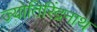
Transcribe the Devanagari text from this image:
ज्योतिरिंद्रनाथ